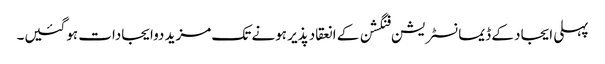
پہلی ایجاد کے ڈیمانسٹریشن فنگشن کے انعقاد پذیر ہونے تک مزید دوایجادات ہوگئیں۔